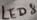
Text: LED8